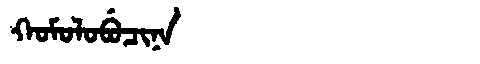
Manchu: ᡴᠣᠮᠣᠯᠣᠪᡠᠴᡳᠨᠠ
Romanization: KOMOLOBUCINA